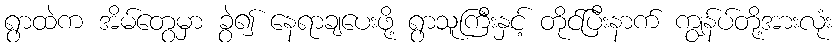
ရွာထဲက အိမ်တွေမှာ ခွဲ၍ နေရာချပေးဖို့ ရွာသူကြီးနှင့် တိုင်ပြီးနာက် ကျွန်ပ်တို့အားလုံး